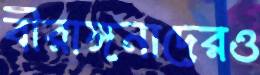
বীরাঙ্গনাদেরও